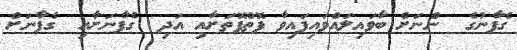
ގެފާނުގެ  ންނަށް ބާވައިލައްވައިފައިވާ ފޮތްފޮތަށާއި އަދި  ގެފާނަށާއި  ގެފާނަށް